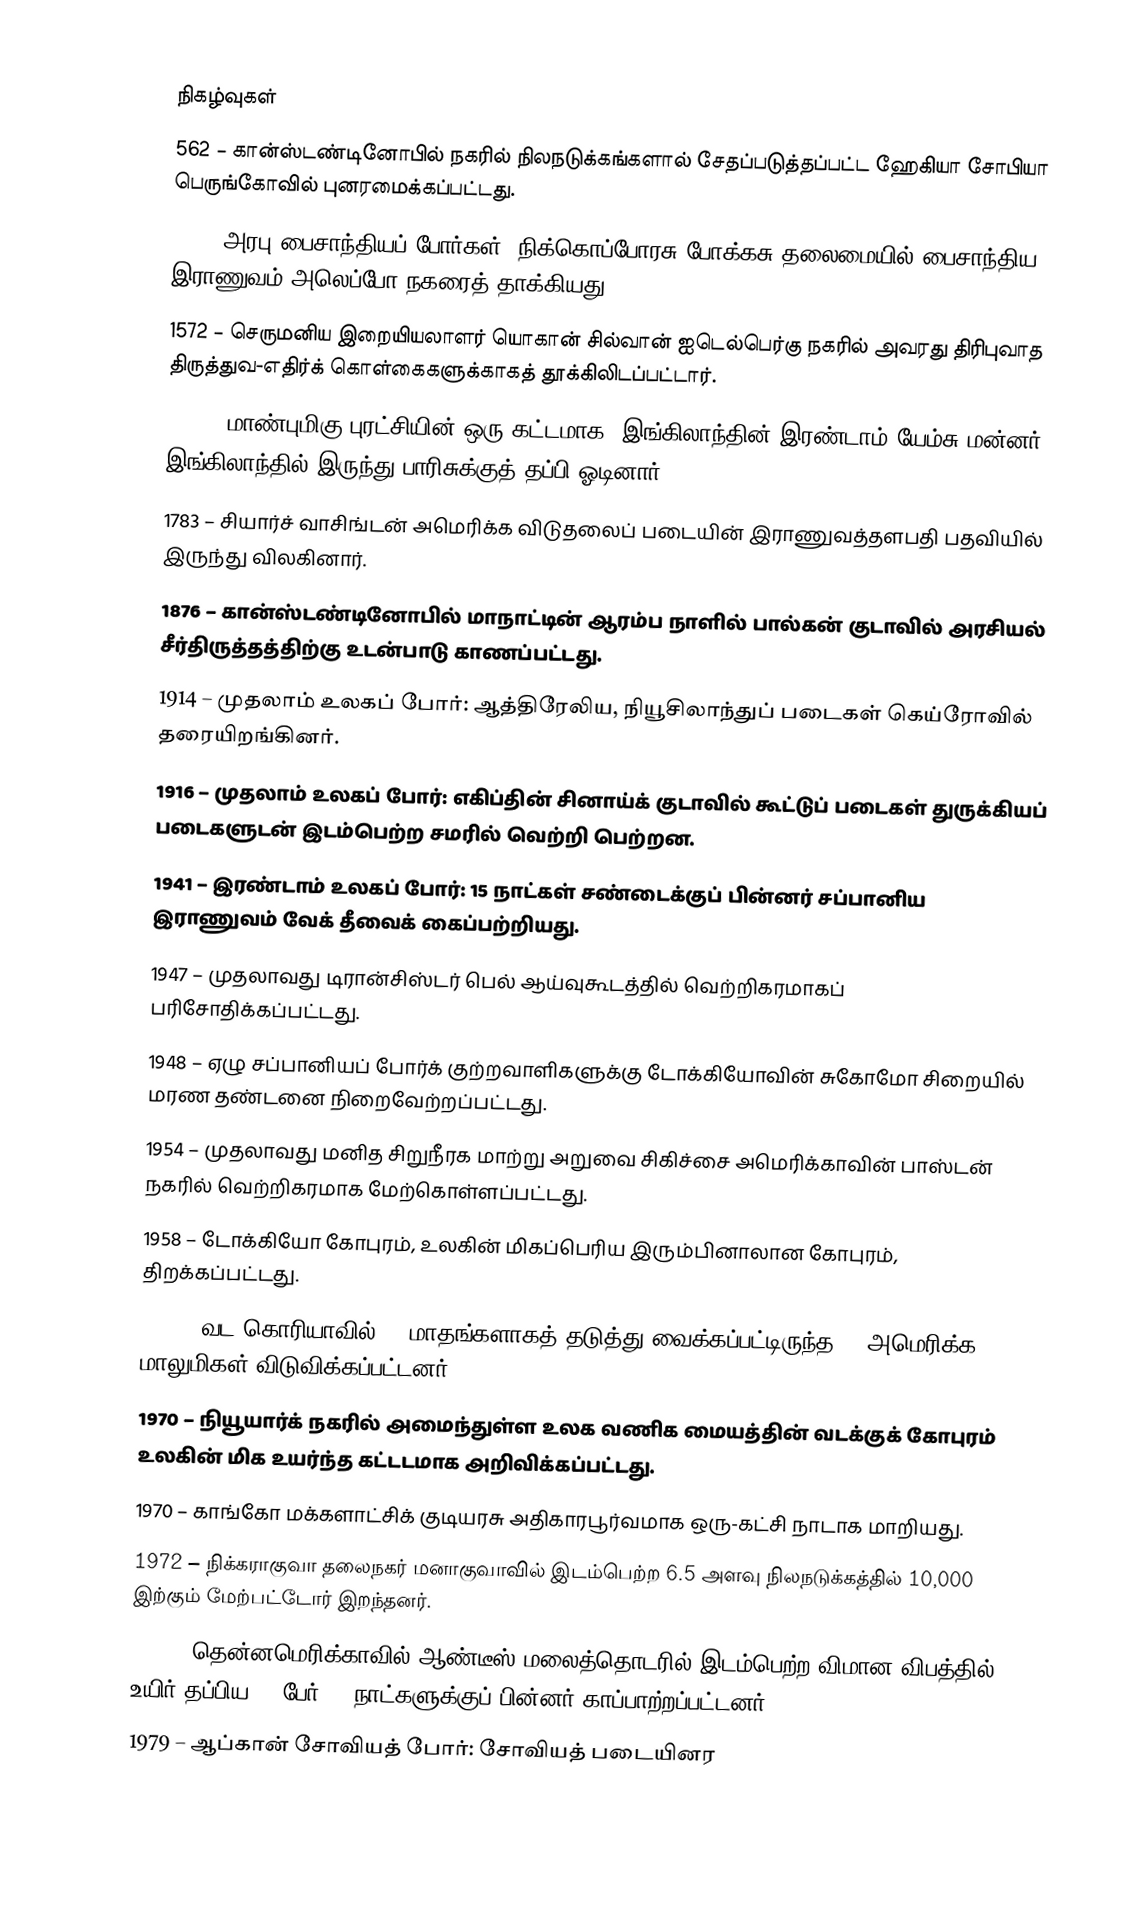

நிகழ்வுகள்
 562 – கான்ஸ்டண்டினோபில் நகரில் நிலநடுக்கங்களால் சேதப்படுத்தப்பட்ட ஹேகியா சோபியா பெருங்கோவில் புனரமைக்கப்பட்டது.
 962 – அரபு–பைசாந்தியப் போர்கள்: நிக்கொப்போரசு போக்கசு தலைமையில் பைசாந்திய இராணுவம் அலெப்போ நகரைத் தாக்கியது.
1572 – செருமனிய இறையியலாளர் யொகான் சில்வான் ஐடெல்பெர்கு நகரில் அவரது திரிபுவாத திருத்துவ-எதிர்க் கொள்கைகளுக்காகத் தூக்கிலிடப்பட்டார்.
1688 – மாண்புமிகு புரட்சியின் ஒரு கட்டமாக, இங்கிலாந்தின் இரண்டாம் யேம்சு மன்னர் இங்கிலாந்தில் இருந்து பாரிசுக்குத் தப்பி ஓடினார்.
1783 – சியார்ச் வாசிங்டன் அமெரிக்க விடுதலைப் படையின் இராணுவத்தளபதி பதவியில் இருந்து விலகினார்.
1876 – கான்ஸ்டண்டினோபில் மாநாட்டின் ஆரம்ப நாளில் பால்கன் குடாவில் அரசியல் சீர்திருத்தத்திற்கு உடன்பாடு காணப்பட்டது.
1914 – முதலாம் உலகப் போர்: ஆத்திரேலிய, நியூசிலாந்துப் படைகள் கெய்ரோவில் தரையிறங்கினர்.
1916 – முதலாம் உலகப் போர்: எகிப்தின் சினாய்க் குடாவில் கூட்டுப் படைகள் துருக்கியப் படைகளுடன் இடம்பெற்ற சமரில் வெற்றி பெற்றன.
1941 – இரண்டாம் உலகப் போர்: 15 நாட்கள் சண்டைக்குப் பின்னர் சப்பானிய இராணுவம் வேக் தீவைக் கைப்பற்றியது.
1947 – முதலாவது டிரான்சிஸ்டர் பெல் ஆய்வுகூடத்தில் வெற்றிகரமாகப் பரிசோதிக்கப்பட்டது.
1948 – ஏழு சப்பானியப் போர்க் குற்றவாளிகளுக்கு டோக்கியோவின் சுகோமோ சிறையில் மரண தண்டனை நிறைவேற்றப்பட்டது.
1954 – முதலாவது மனித சிறுநீரக மாற்று அறுவை சிகிச்சை அமெரிக்காவின் பாஸ்டன் நகரில் வெற்றிகரமாக மேற்கொள்ளப்பட்டது.
1958 – டோக்கியோ கோபுரம், உலகின் மிகப்பெரிய இரும்பினாலான கோபுரம், திறக்கப்பட்டது.
1968 – வட கொரியாவில் 11 மாதங்களாகத் தடுத்து வைக்கப்பட்டிருந்த 82 அமெரிக்க மாலுமிகள் விடுவிக்கப்பட்டனர்.
1970 – நியூயார்க் நகரில் அமைந்துள்ள உலக வணிக மையத்தின் வடக்குக் கோபுரம் உலகின் மிக உயர்ந்த கட்டடமாக அறிவிக்கப்பட்டது.
1970 – காங்கோ மக்களாட்சிக் குடியரசு அதிகாரபூர்வமாக ஒரு-கட்சி நாடாக மாறியது.
1972 – நிக்கராகுவா தலைநகர் மனாகுவாவில் இடம்பெற்ற 6.5 அளவு நிலநடுக்கத்தில் 10,000 இற்கும் மேற்பட்டோர் இறந்தனர்.
1972 – தென்னமெரிக்காவில் ஆண்டீஸ் மலைத்தொடரில் இடம்பெற்ற விமான விபத்தில் உயிர் தப்பிய 16 பேர் 73 நாட்களுக்குப் பின்னர் காப்பாற்றப்பட்டனர்.
1979 – ஆப்கான் சோவியத் போர்: சோவியத் படையினர